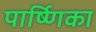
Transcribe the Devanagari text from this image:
पार्ष्णिका